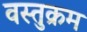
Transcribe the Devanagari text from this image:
वस्तुक्रम